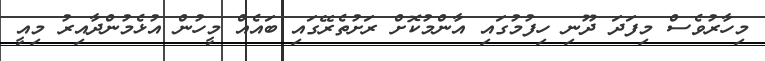
މިހާރުވެސް މިފަދަ ދޫނި ހިފުމުގައި އާންމުކޮށް ރަށުތެރޭގައި ބައެއް މީހުން އުޅެމުންދާއިރު މިއީ